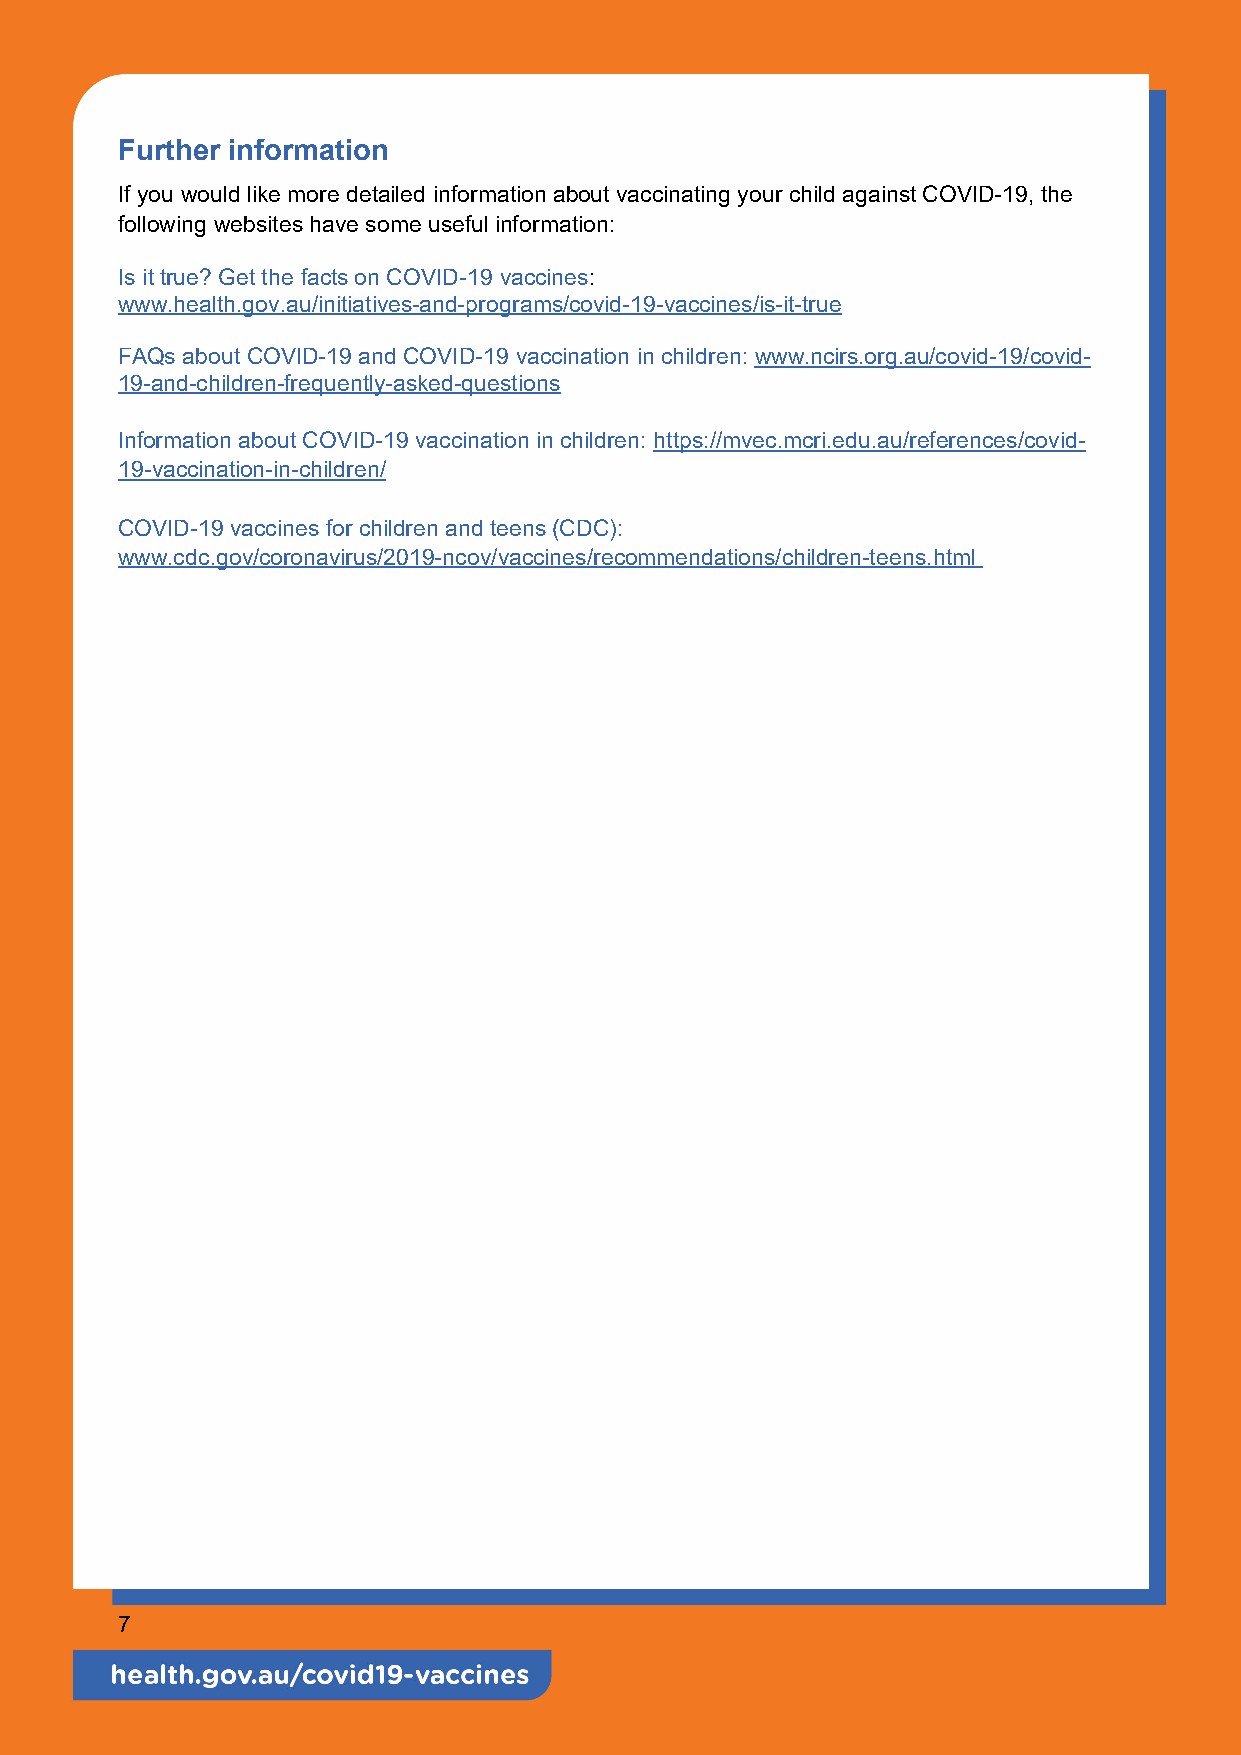
Further information
 If you would like more detailed information about vaccinating your child against COVID-19, the
 following websites have some useful information:
 Is it true? Get the facts on COVID-19 vaccines:
 www.health.gov.au/initiatives-and-programs/covid-19-vaccines/is-it-true
 FAQs about COVID-19 and COVID-19 vaccination in children: www.ncirs.org.au/covid-19/covid-
 19-and-children-frequently-asked-questions
 Information about COVID-19 vaccination in children: https://mvec.mcri.edu.au/references/covid-
 19-vaccination-in-children/
 COVID-19 vaccines for children and teens (CDC):
 www.cdc.gov/coronavirus/2019-ncov/vaccines/recommendations/children-teens.htm l
 7